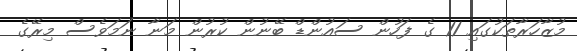
މުޒާހަރާތަކުގައި 11 ގެ ފަހުން ސައުންޑް ބޭނުން ކުރުން މަނާ ނަމަވެސް މިރޭގެ